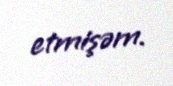
etmişəm.